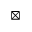
\boxtimes